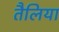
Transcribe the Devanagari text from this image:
तैलिया